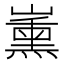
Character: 𱜑